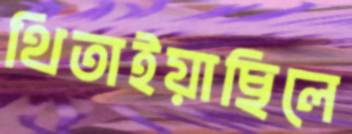
থিতাইয়াছিলে